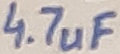
Text: 4.7uF